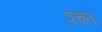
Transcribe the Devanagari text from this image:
पंचत्‌